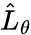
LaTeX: \hat{L}_{\theta}